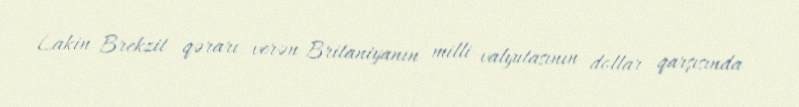
Lakin Brekzit qərarı verən Britaniyanın milli valyutasının dollar qarşısında